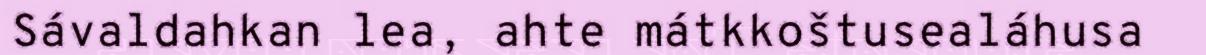
Sávaldahkan lea, ahte mátkkoštusealáhusa